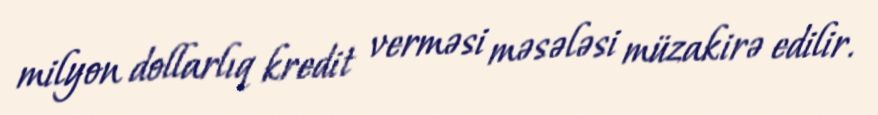
milyon dollarlıq kredit verməsi məsələsi müzakirə edilir.